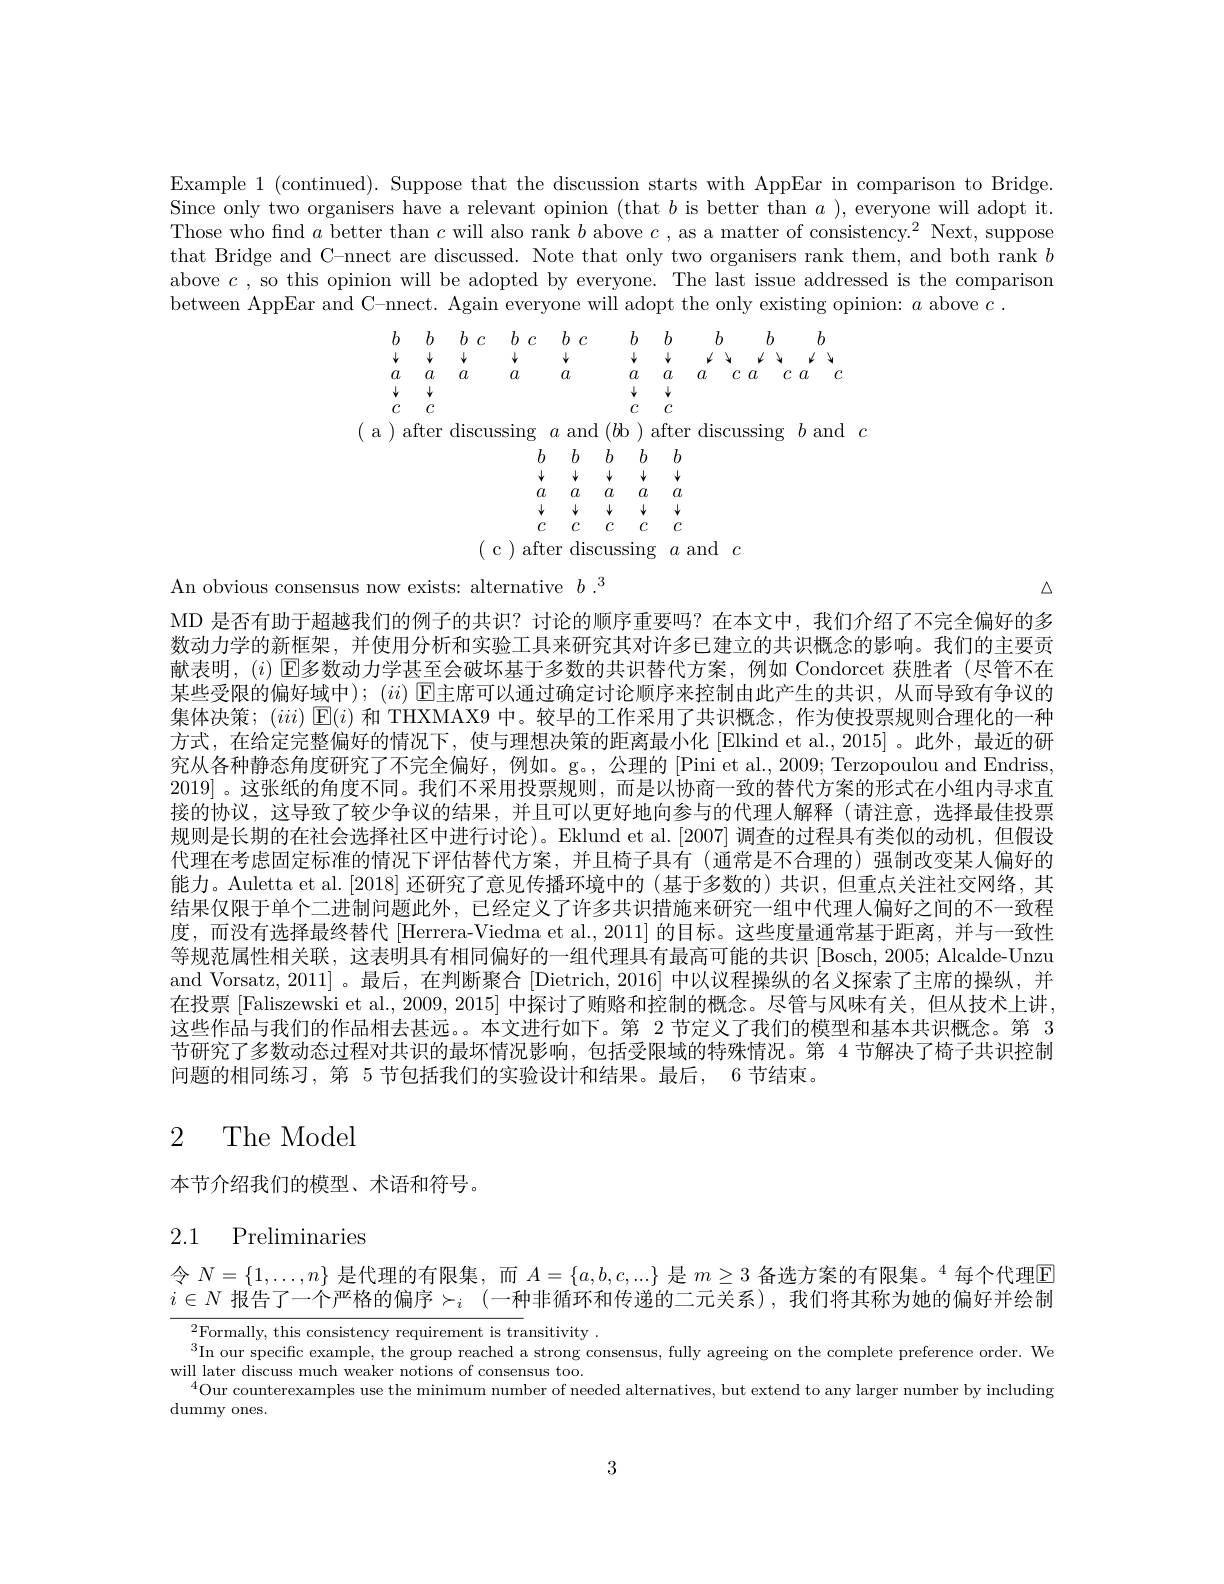
Example 1 (continued). Suppose that the discussion starts with AppEar in comparison to Bridge. Since only two organisers have a relevant opinion (that $b$ is better than $a$ ), everyone will adopt it. Those who find $a$ better than $c$ will also rank $b$ above $c$, as a matter of consistency.$^2$ Next, suppose that Bridge and C-nnect are discussed. Note that only two organisers rank them, and both rank $b$ above $c$ , so this opinion will be adopted by everyone. The last issue addressed is the comparison between AppEar and C-nnect. Again everyone will adopt the only existing opinion: $a$ above $c.$
$$\begin{array}{ccccccccccc}b&b&b&c&b&c&b&c&b&b&b&b\\\downarrow&\downarrow&\downarrow&\downarrow&\downarrow&\downarrow&\downarrow&\downarrow&\downarrow&\downarrow \end{array}$$
An obvious consensus now exists: alternative $b.^3$

$\triangle$

MD 是否有助于超越我们的例子的共识？讨论的顺序重要吗？在本文中，我们介绍了不完全偏好的多数动力学的新框架，并使用分析和实验工具来研究其对许多已建立的共识概念的影响。我们的主要贡献表明，$(i)$ $\mathbb{E}$多数动力学甚至会破坏基于多数的共识替代方案，例如 Condorcet 获胜者(尽管不在某些受限的偏好域中); $(ii)$ [E主席可以通过确定讨论顺序来控制由此产生的共识，从而导致有争议的集体决策；$(iii)\boxed{\mathbb{E}}(i)$和 THXMAX9 中。较早的工作采用了共识概念，作为使投票规则合理化的一种方式，在给定完整偏好的情况下，使与理想决策的距离最小化 [Elkind et al.,2015]。此外，最近的研究从各种静态角度研究了不完全偏好，例如。g。,公理的 [Pini et al.,2009; Terzopoulou and Endriss, 2019|。这张纸的角度不同。我们不采用投票规则，而是以协商一致的替代方案的形式在小组内寻求直接的协议，这导致了较少争议的结果，并且可以更好地向参与的代理人解释(请注意，选择最佳投票规则是长期的在社会选择社区中进行讨论)。Eklund et al.[2007] 调查的过程具有类似的动机，但假设代理在考虑固定标准的情况下评估替代方案，并且椅子具有(通常是不合理的)强制改变某人偏好的能力。Auletta et al. [2018]还研究了意见传播环境中的 (基于多数的) 共识，但重点关注社交网络，其结果仅限于单个二进制问题此外，已经定义了许多共识措施来研究一组中代理人偏好之间的不一致程度，而没有选择最终替代 [Herrera-Viedma et al.,2011] 的目标。这些度量通常基于距离，并与一致性等规范属性相关联，这表明具有相同偏好的一组代理具有最高可能的共识 [Bosch, 2005; Alcalde-Unzu and Vorsatz, 2011] 。最后，在判断聚合[Dietrich, 2016] 中以议程操纵的名义探索了主席的操纵，并在投票[Faliszewski et al., 2009, 2015] 中探讨了贿赂和控制的概念。尽管与风味有关，但从技术上讲， 这些作品与我们的作品相去甚远。。本文进行如下。第 2 节定义了我们的模型和基本共识概念。第 3节研究了多数动态过程对共识的最坏情况影响，包括受限域的特殊情况。第 4 节解决了椅子共识控制问题的相同练习，第 5 节包括我们的实验设计和结果。最后，6 节结束。

# 2 The Model

本节介绍我们的模型、术语和符号。

# 2.1 Preliminaries

令$N=\{1,\ldots,n\}$是代理的有限集，而$A=\{a,b,c,...\}$是$m\geq3\text{ 备选方案的有限集。}^4$每个代理$\mathbb{E}$ $i\in N$ 报 告 了 一 个 严 格 的 偏 序 $\succ _i$ (一种非循环和传递的二元关系),我们将其称为她的偏好并绘制

${}_{n}^{2}$Formally, this consistency requirement is transitivity
$^{3}$In our specific example,  the group reached a strong consensus,  fully agreeing on the complete preference order.  We In our specific example,  the group reached a strong consensus,  fully agreeing on the complete breference order.  We
will later discuss much weaker notions of consensus too.
$^{4}$Our counterexamples use the minimum number of needed alternatives, but extend to any larger number by including
dummy ones.

3